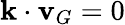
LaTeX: {\mathbf{k}}\cdot{\mathbf{v}}_{G}=0